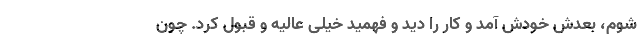
شوم، بعدش خودش آمد و کار را دید و فهمید خیلی عالیه و قبول کرد. چون